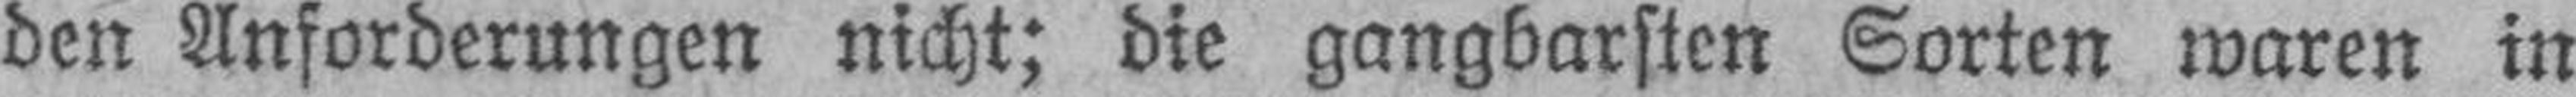
den Anforderungen nicht; die gangbarsten Sorten waren in